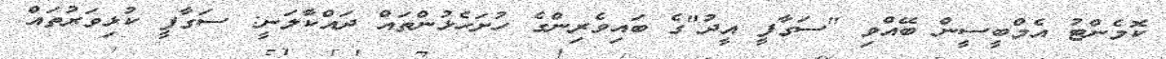
ކޮމެންޓު އެމްބީސީން ބޭއްވި "ސަގާފީ އީދު"ގެ ބައިވެރިންގެ ހުށަހެޅުންތައް ދައްކާލަނީ: ސަގާފީ ކުޅިވަރުތައް